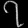
Digit: ၇